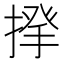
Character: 𢰱